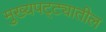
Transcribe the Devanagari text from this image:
मुख्यपट्ट्यातील